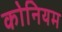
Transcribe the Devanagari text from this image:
कोनियम